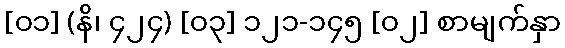
[၀၁] (နိ၊ ၄၂၄) [၀၃] ၁၂၁-၁၄၅ [၀၂] စာမျက်နှာ